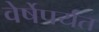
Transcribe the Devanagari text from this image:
वेर्षेपर्यंत